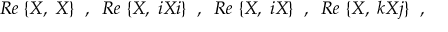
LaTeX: R e \; \{ { \cal X } , \; { \cal X } \} \; \; , \; \; R e \; \{ { \cal X } , \; i { \cal X } i \} \; \; , \; \; R e \; \{ { \cal X } , \; i { \cal X } \} \; \; , \; \; R e \; \{ { \cal X } , \; k { \cal X } j \} \; \; ,